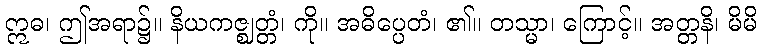
ဣဓ၊ ဤအရာ၌။ နိယကဇ္ဈတ္တံ၊ ကို။ အဓိပ္ပေတံ၊ ၏။ တသ္မာ၊ ကြောင့်။ အတ္တနိ၊ မိမိ